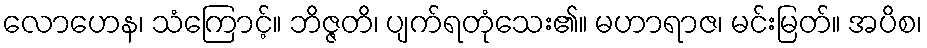
လောဟေန၊ သံကြောင့်။ ဘိဇ္ဇတိ၊ ပျက်ရတုံသေး၏။ မဟာရာဇ၊ မင်းမြတ်။ အပိစ၊